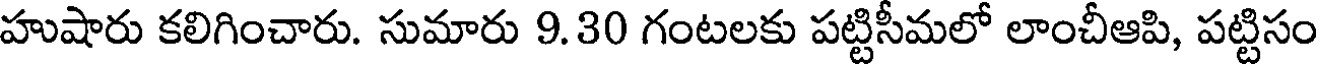
హుషారు కలిగించారు. సుమారు 9.30 గంటలకు పట్టిసీమలో లాంచీఆపి, పట్టిసం